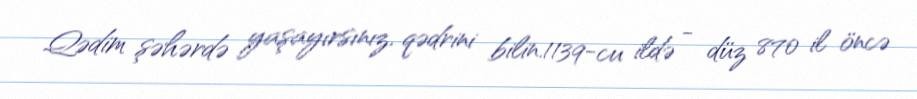
Qədim şəhərdə yaşayırsınız, qədrini bilin.1139-cu ildə - düz 870 il öncə